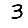
Digit: 3